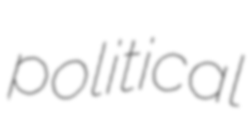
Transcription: political